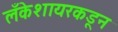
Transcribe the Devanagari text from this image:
लँकेशायरकडून